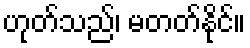
ဟုတ်သည်၊ မတတ်နိုင်။